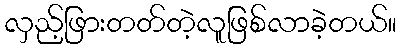
လှည့်ဖြားတတ်တဲ့လူဖြစ်လာခဲ့တယ်။